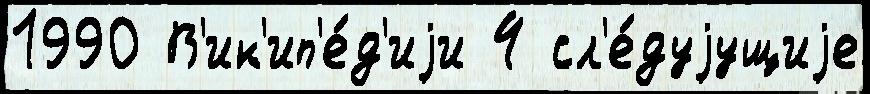
1990 В'ик'ип'е́д'иjи 4 сл'е́дуjущиjе